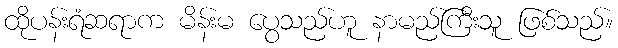
ထိုပန်းရံဆရာက မိန်းမ ပွေသည်ဟူ နာမည်ကြီးသူ ဖြစ်သည်။